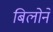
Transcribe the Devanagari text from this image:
बिलोने